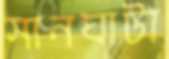
সানঘাটা